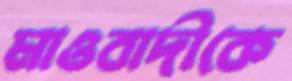
মাওবাদীকে